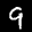
Label: 9